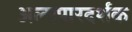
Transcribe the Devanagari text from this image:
अल्पपारदर्शक